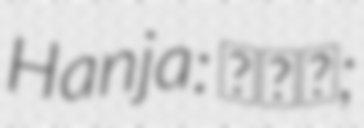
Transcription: Hanja: 趙熙龍;